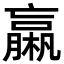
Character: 𣜄